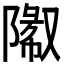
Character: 𬯓